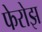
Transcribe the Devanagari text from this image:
फेरोझ